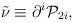
LaTeX: \begin{align*}\tilde \nu \equiv \partial ^i{\cal P}_{2i},\end{align*}